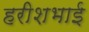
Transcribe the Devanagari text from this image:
हरीशभाई